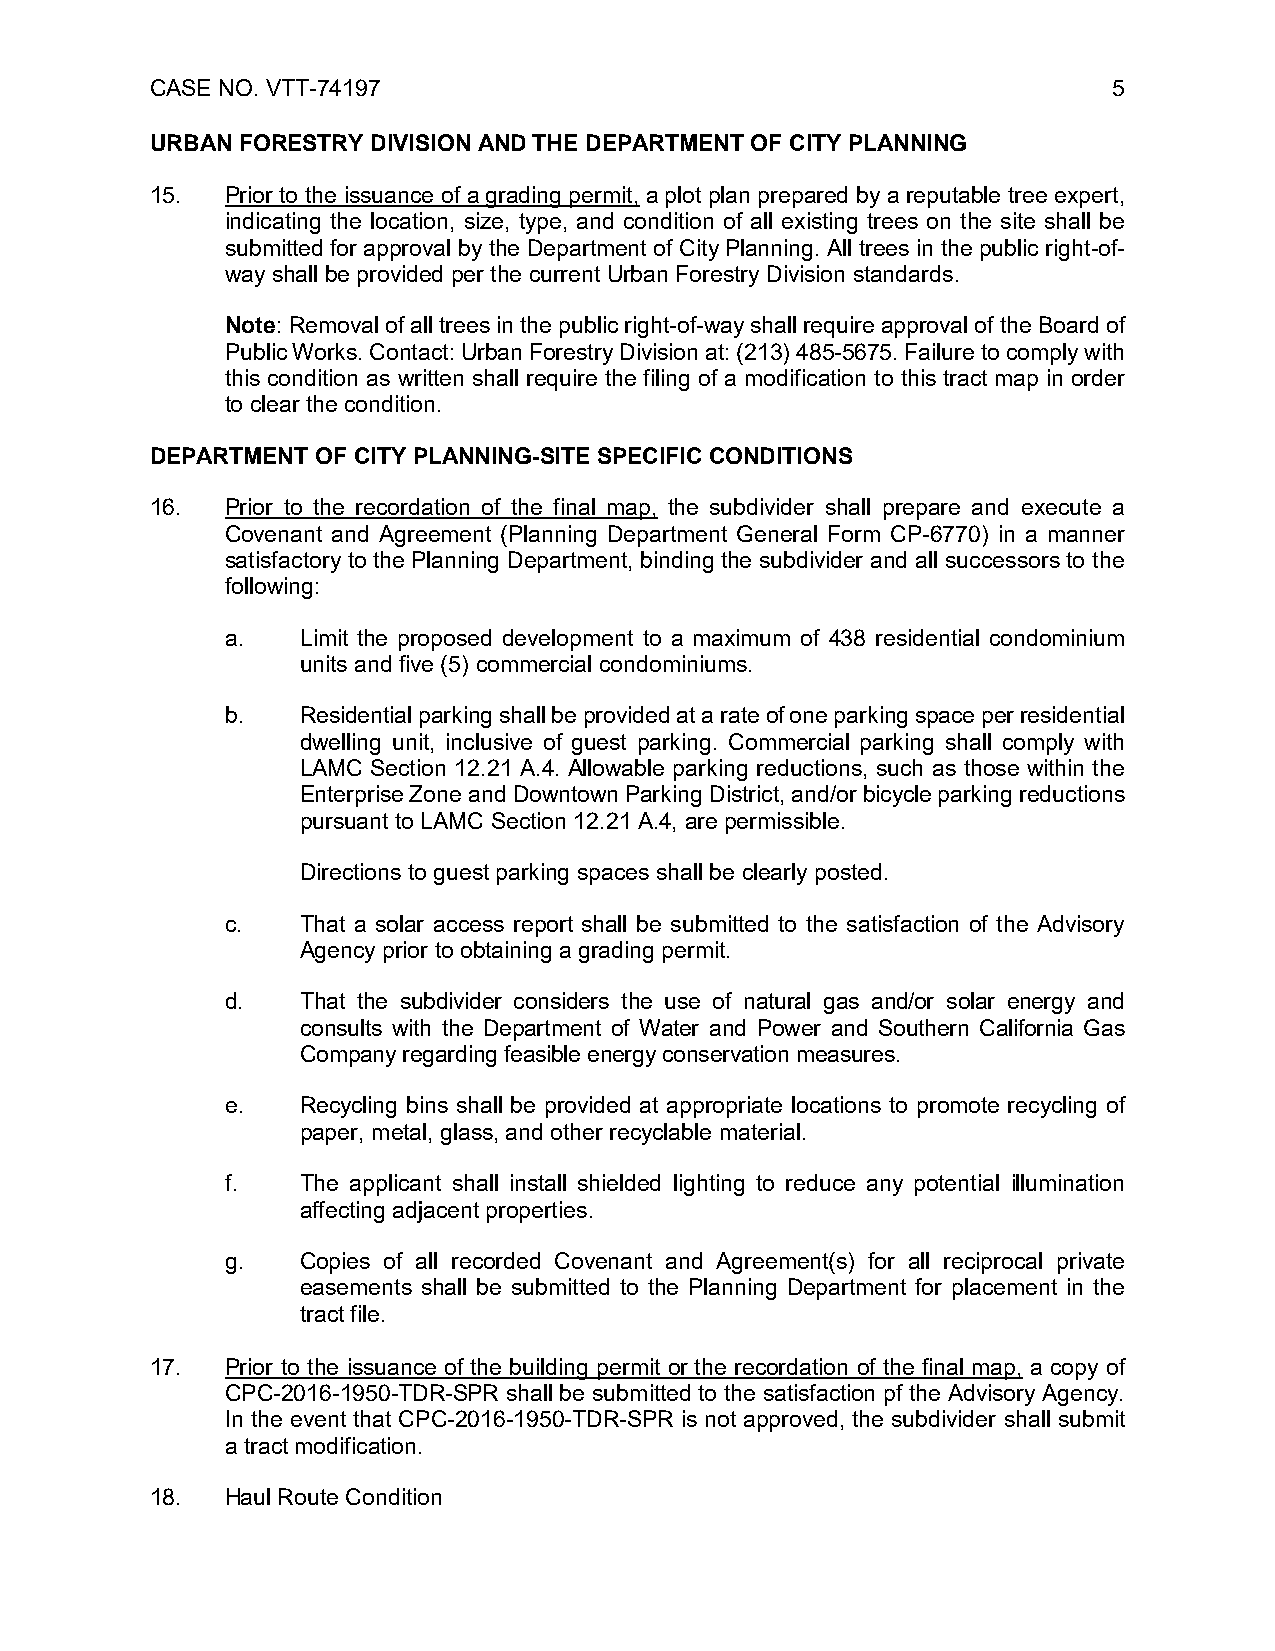
CASE NO. VTT-74197                                              5
 URBAN FORESTRY DIVISION AND THE DEPARTMENT OF CITY PLANNING
 15.  Prior to the issuance of a grading permit, a plot plan prepared by a reputable tree expert,
 indicating the location, size, type, and condition of all existing trees on the site shall be
 submitted for approval by the Department of City Planning. All trees in the public right-of-
 way shall be provided per the current Urban Forestry Division standards.
 Note: Removal of all trees in the public right-of-way shall require approval of the Board of
 Public Works. Contact: Urban Forestry Division at: (213) 485-5675. Failure to comply with
 this condition as written shall require the filing of a modification to this tract map in order
 to clear the condition.
 DEPARTMENT OF CITY PLANNING-SITE SPECIFIC CONDITIONS
 16.  Prior to the recordation of the final map, the subdivider shall prepare and execute a
 Covenant and Agreement (Planning Department General Form CP-6770) in a manner
 satisfactory to the Planning Department, binding the subdivider and all successors to the
 following:
 a.   Limit the proposed development to a maximum of 438 residential condominium
 units and five (5) commercial condominiums.
 b.   Residential parking shall be provided at a rate of one parking space per residential
 dwelling unit, inclusive of guest parking. Commercial parking shall comply with
 LAMC Section 12.21 A.4. Allowable parking reductions, such as those within the
 Enterprise Zone and Downtown Parking District, and/or bicycle parking reductions
 pursuant to LAMC Section 12.21 A.4, are permissible.
 Directions to guest parking spaces shall be clearly posted.
 c.   That a solar access report shall be submitted to the satisfaction of the Advisory
 Agency prior to obtaining a grading permit.
 d.   That the subdivider considers the use of natural gas and/or solar energy and
 consults with the Department of Water and Power and Southern California Gas
 Company regarding feasible energy conservation measures.
 e.   Recycling bins shall be provided at appropriate locations to promote recycling of
 paper, metal, glass, and other recyclable material.
 f.   The applicant shall install shielded lighting to reduce any potential illumination
 affecting adjacent properties.
 g.   Copies of all recorded Covenant and Agreement(s) for all reciprocal private
 easements shall be submitted to the Planning Department for placement in the
 tract file.
 17.  Prior to the issuance of the building permit or the recordation of the final map, a copy of
 CPC-2016-1950-TDR-SPR shall be submitted to the satisfaction pf the Advisory Agency.
 In the event that CPC-2016-1950-TDR-SPR is not approved, the subdivider shall submit
 a tract modification.
 18.  Haul Route Condition